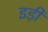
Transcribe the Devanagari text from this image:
इड़ी